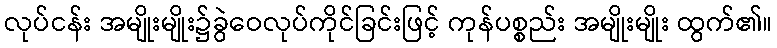
လုပ်ငန်း အမျိုးမျိုး၌ခွဲဝေလုပ်ကိုင်ခြင်းဖြင့် ကုန်ပစ္စည်း အမျိုးမျိုး ထွက်၏။